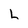
Character: L